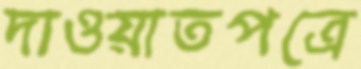
দাওয়াতপত্রে